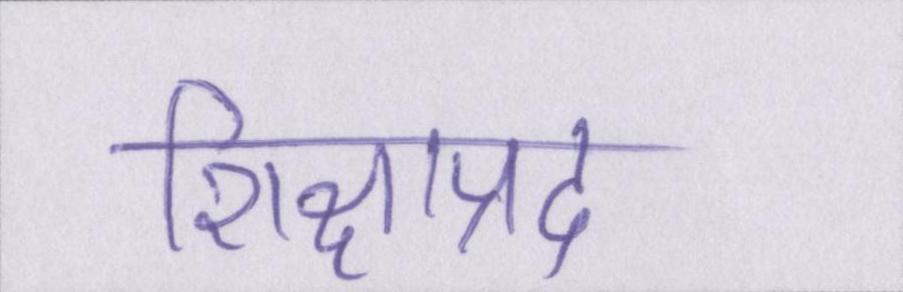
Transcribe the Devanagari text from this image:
शिक्षाप्रद